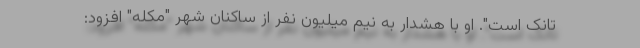
تانک است". او با هشدار به نیم میلیون نفر از ساکنان شهر "مکله" افزود: